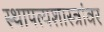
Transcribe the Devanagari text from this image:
स्थापत्यशास्त्रांवर